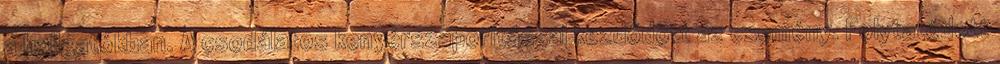
a hallgatókban. A csodálatos kenyérszaporítással kezdődött az esemény. Folytatódott